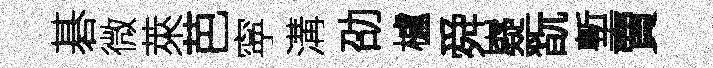
碁微萊芭寜溝劭櫨舜嶷翫塹賣